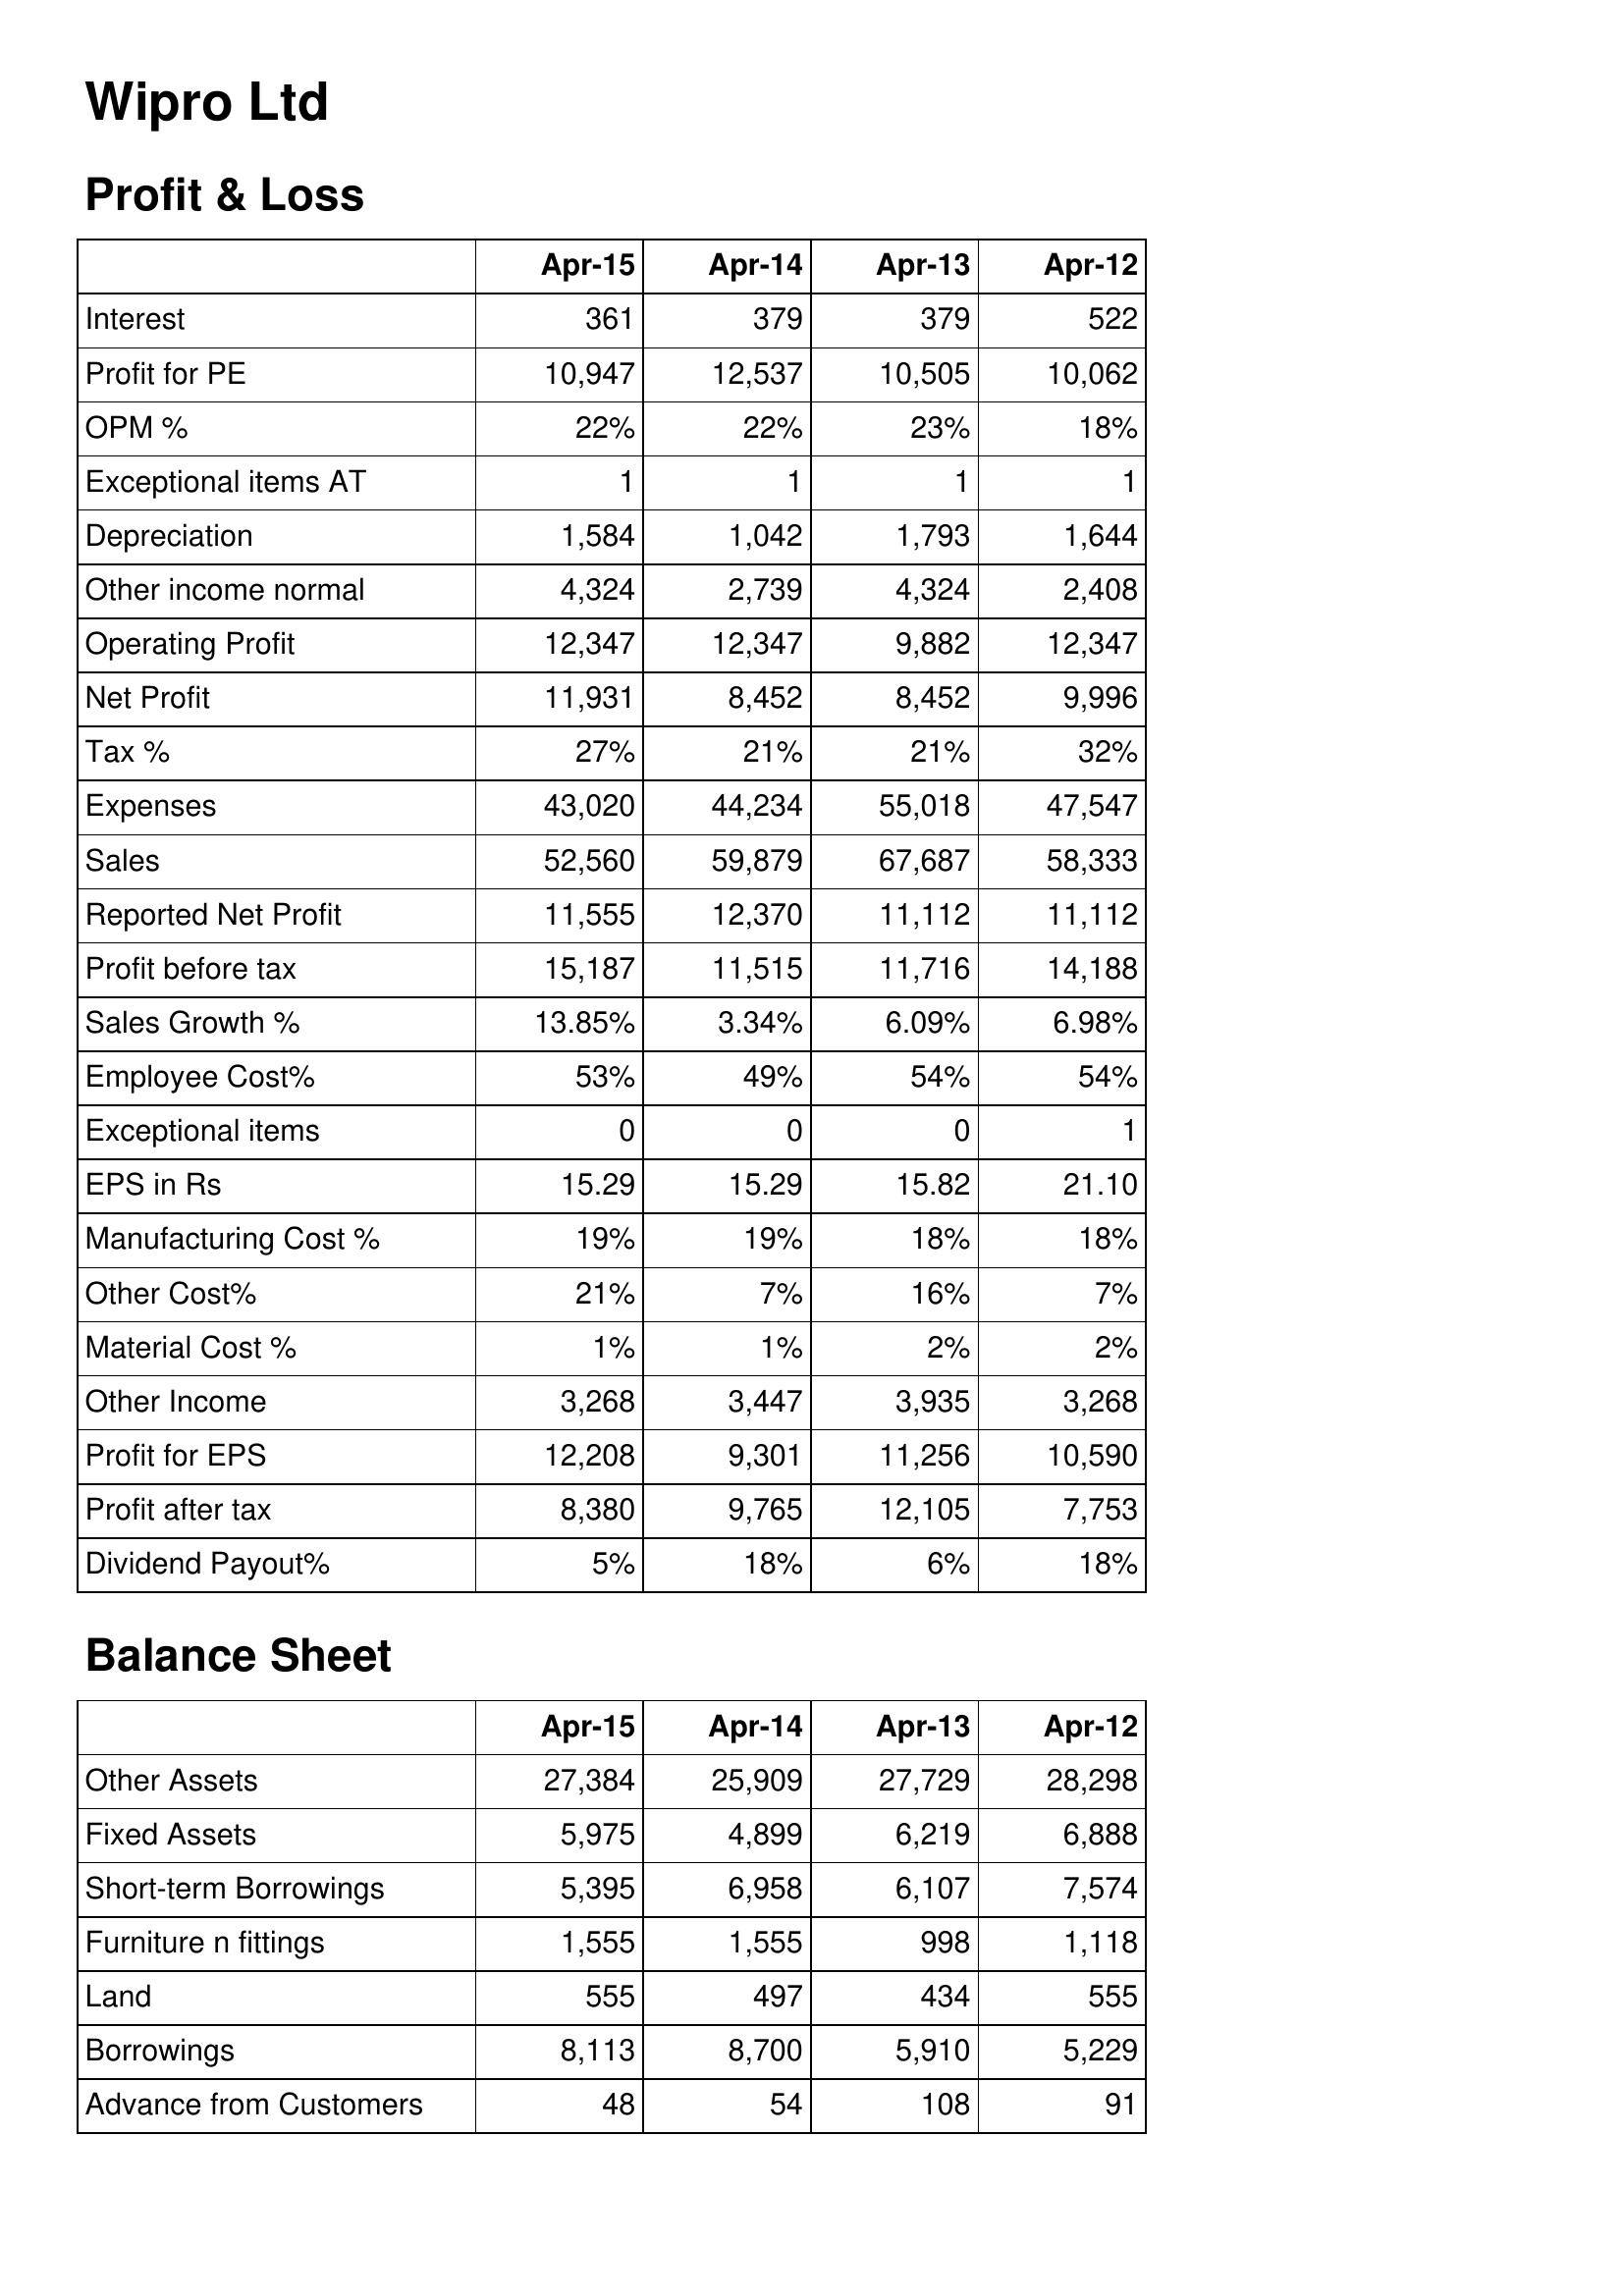
Apr-15: Profit & Loss: Interest: 361
Profit for PE: 10,947
OPM %: 22%
Exceptional items AT: 1
Depreciation: 1,584
Other income normal: 4,324
Operating Profit: 12,347
Net Profit: 11,931
Tax %: 27%
Expenses: 43,020
Sales: 52,560
Reported Net Profit: 11,555
Profit before tax: 15,187
Sales Growth %: 13.85%
Employee Cost%: 53%
Exceptional items: 0
EPS in Rs: 15.29
Manufacturing Cost %: 19%
Other Cost%: 21%
Material Cost %: 1%
Other Income: 3,268
Profit for EPS: 12,208
Profit after tax: 8,380
Dividend Payout%: 5%
Balance Sheet: Other Assets: 27,384
Fixed Assets: 5,975
Short-term Borrowings: 5,395
Furniture n fittings: 1,555
Land: 555
Borrowings: 8,113
Advance from Customers: 48
Apr-14: Profit & Loss: Interest: 379
Profit for PE: 12,537
OPM %: 22%
Exceptional items AT: 1
Depreciation: 1,042
Other income normal: 2,739
Operating Profit: 12,347
Net Profit: 8,452
Tax %: 21%
Expenses: 44,234
Sales: 59,879
Reported Net Profit: 12,370
Profit before tax: 11,515
Sales Growth %: 3.34%
Employee Cost%: 49%
Exceptional items: 0
EPS in Rs: 15.29
Manufacturing Cost %: 19%
Other Cost%: 7%
Material Cost %: 1%
Other Income: 3,447
Profit for EPS: 9,301
Profit after tax: 9,765
Dividend Payout%: 18%
Balance Sheet: Other Assets: 25,909
Fixed Assets: 4,899
Short-term Borrowings: 6,958
Furniture n fittings: 1,555
Land: 497
Borrowings: 8,700
Advance from Customers: 54
Apr-13: Profit & Loss: Interest: 379
Profit for PE: 10,505
OPM %: 23%
Exceptional items AT: 1
Depreciation: 1,793
Other income normal: 4,324
Operating Profit: 9,882
Net Profit: 8,452
Tax %: 21%
Expenses: 55,018
Sales: 67,687
Reported Net Profit: 11,112
Profit before tax: 11,716
Sales Growth %: 6.09%
Employee Cost%: 54%
Exceptional items: 0
EPS in Rs: 15.82
Manufacturing Cost %: 18%
Other Cost%: 16%
Material Cost %: 2%
Other Income: 3,935
Profit for EPS: 11,256
Profit after tax: 12,105
Dividend Payout%: 6%
Balance Sheet: Other Assets: 27,729
Fixed Assets: 6,219
Short-term Borrowings: 6,107
Furniture n fittings: 998
Land: 434
Borrowings: 5,910
Advance from Customers: 108
Apr-12: Profit & Loss: Interest: 522
Profit for PE: 10,062
OPM %: 18%
Exceptional items AT: 1
Depreciation: 1,644
Other income normal: 2,408
Operating Profit: 12,347
Net Profit: 9,996
Tax %: 32%
Expenses: 47,547
Sales: 58,333
Reported Net Profit: 11,112
Profit before tax: 14,188
Sales Growth %: 6.98%
Employee Cost%: 54%
Exceptional items: 1
EPS in Rs: 21.10
Manufacturing Cost %: 18%
Other Cost%: 7%
Material Cost %: 2%
Other Income: 3,268
Profit for EPS: 10,590
Profit after tax: 7,753
Dividend Payout%: 18%
Balance Sheet: Other Assets: 28,298
Fixed Assets: 6,888
Short-term Borrowings: 7,574
Furniture n fittings: 1,118
Land: 555
Borrowings: 5,229
Advance from Customers: 91